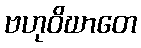
ဗဟုဝိဃာတေ